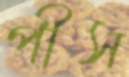
পীস